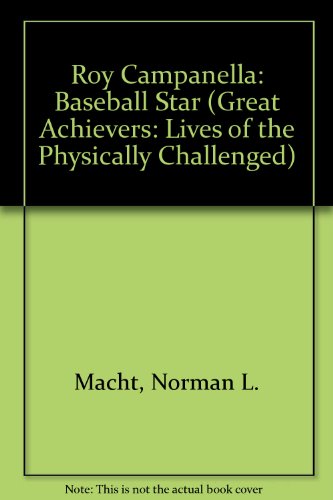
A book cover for Roy Campanella: Baseball Star (Great Achievers: Lives of the Physically Challenged); Norman L. Macht; Teen & Young Adult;